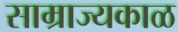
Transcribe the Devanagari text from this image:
साम्राज्यकाळ